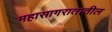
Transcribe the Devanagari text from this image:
महासागरातातील